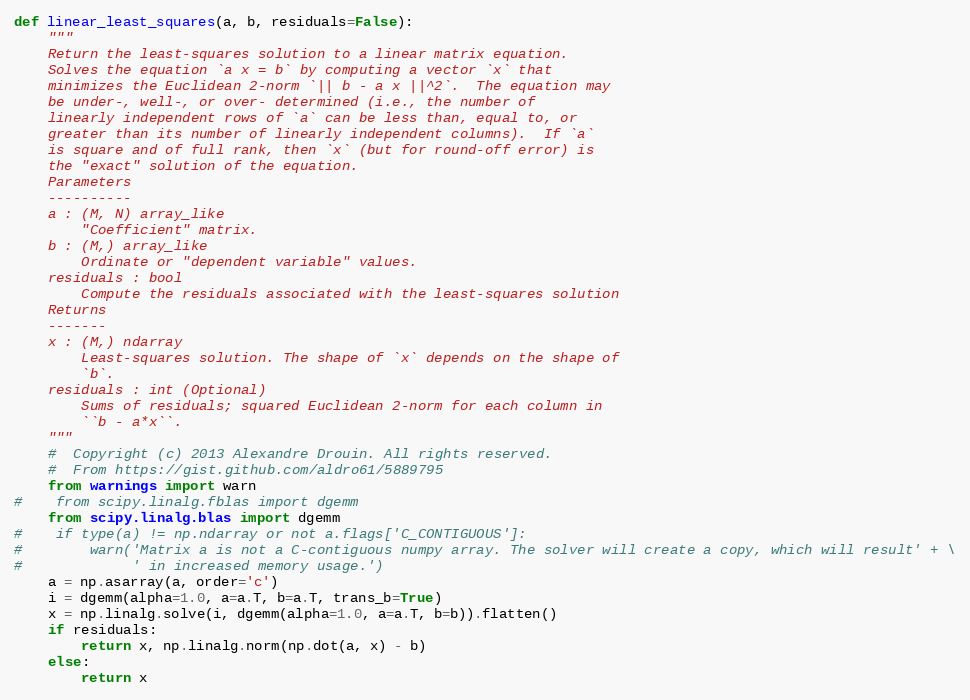
Language: Python
def linear_least_squares(a, b, residuals=False):
    """
    Return the least-squares solution to a linear matrix equation.
    Solves the equation `a x = b` by computing a vector `x` that
    minimizes the Euclidean 2-norm `|| b - a x ||^2`.  The equation may
    be under-, well-, or over- determined (i.e., the number of
    linearly independent rows of `a` can be less than, equal to, or
    greater than its number of linearly independent columns).  If `a`
    is square and of full rank, then `x` (but for round-off error) is
    the "exact" solution of the equation.
    Parameters
    ----------
    a : (M, N) array_like
        "Coefficient" matrix.
    b : (M,) array_like
        Ordinate or "dependent variable" values.
    residuals : bool
        Compute the residuals associated with the least-squares solution
    Returns
    -------
    x : (M,) ndarray
        Least-squares solution. The shape of `x` depends on the shape of
        `b`.
    residuals : int (Optional)
        Sums of residuals; squared Euclidean 2-norm for each column in
        ``b - a*x``.
    """
    #  Copyright (c) 2013 Alexandre Drouin. All rights reserved.
    #  From https://gist.github.com/aldro61/5889795
    from warnings import warn
#    from scipy.linalg.fblas import dgemm
    from scipy.linalg.blas import dgemm
#    if type(a) != np.ndarray or not a.flags['C_CONTIGUOUS']:
#        warn('Matrix a is not a C-contiguous numpy array. The solver will create a copy, which will result' + \
#             ' in increased memory usage.')
    a = np.asarray(a, order='c')
    i = dgemm(alpha=1.0, a=a.T, b=a.T, trans_b=True)
    x = np.linalg.solve(i, dgemm(alpha=1.0, a=a.T, b=b)).flatten()
    if residuals:
        return x, np.linalg.norm(np.dot(a, x) - b)
    else:
        return x